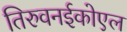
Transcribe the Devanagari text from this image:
तिरुवनईकोएल